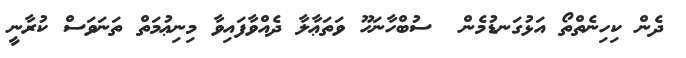
ދެން ކިހިނެތްތޯ އަޅުގަނޑުމެން  ސުބްހާނަހޫ ވަތަޢާލާ ދެއްވާފައިވާ މިނިޢުމަތް ތަނަވަސް ކުރާނީ